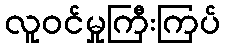
လူဝင်မှုကြီးကြပ်